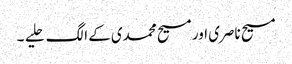
مسیح ناصری اور مسیح محمدی کے الگ حلیے ۔